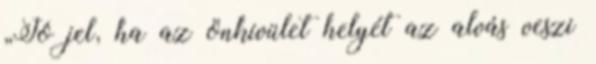
„Jó jel, ha az önkívület helyét az alvás veszi